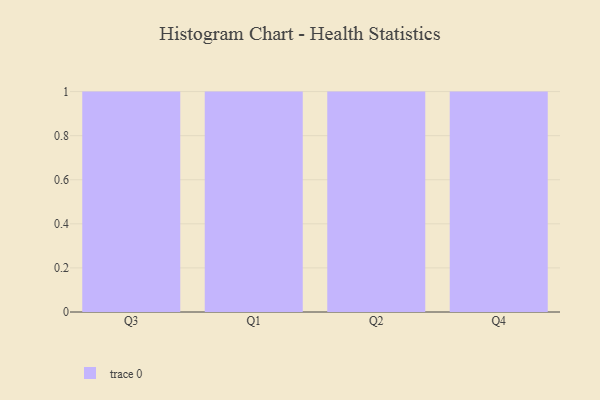
{"axis": {"x": "Quarter", "y": "Energy Usage (MWh)"}, "legend": [""], "data": [{"x": "Q3", "y": 38, "type": ""}, {"x": "Q1", "y": 41, "type": ""}, {"x": "Q2", "y": 38, "type": ""}, {"x": "Q4", "y": 25, "type": ""}]}